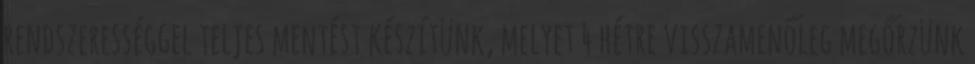
rendszerességgel teljes mentést készítünk, melyet 4 hétre visszamenőleg megőrzünk